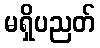
မရှိပညတ်